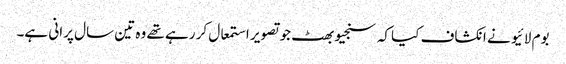
بوم لائیو نے انکشاف کیا کہ سنجیو بھٹ جو تصویر استمعال کر رہے تھے وہ تین سال پرانی ہے۔